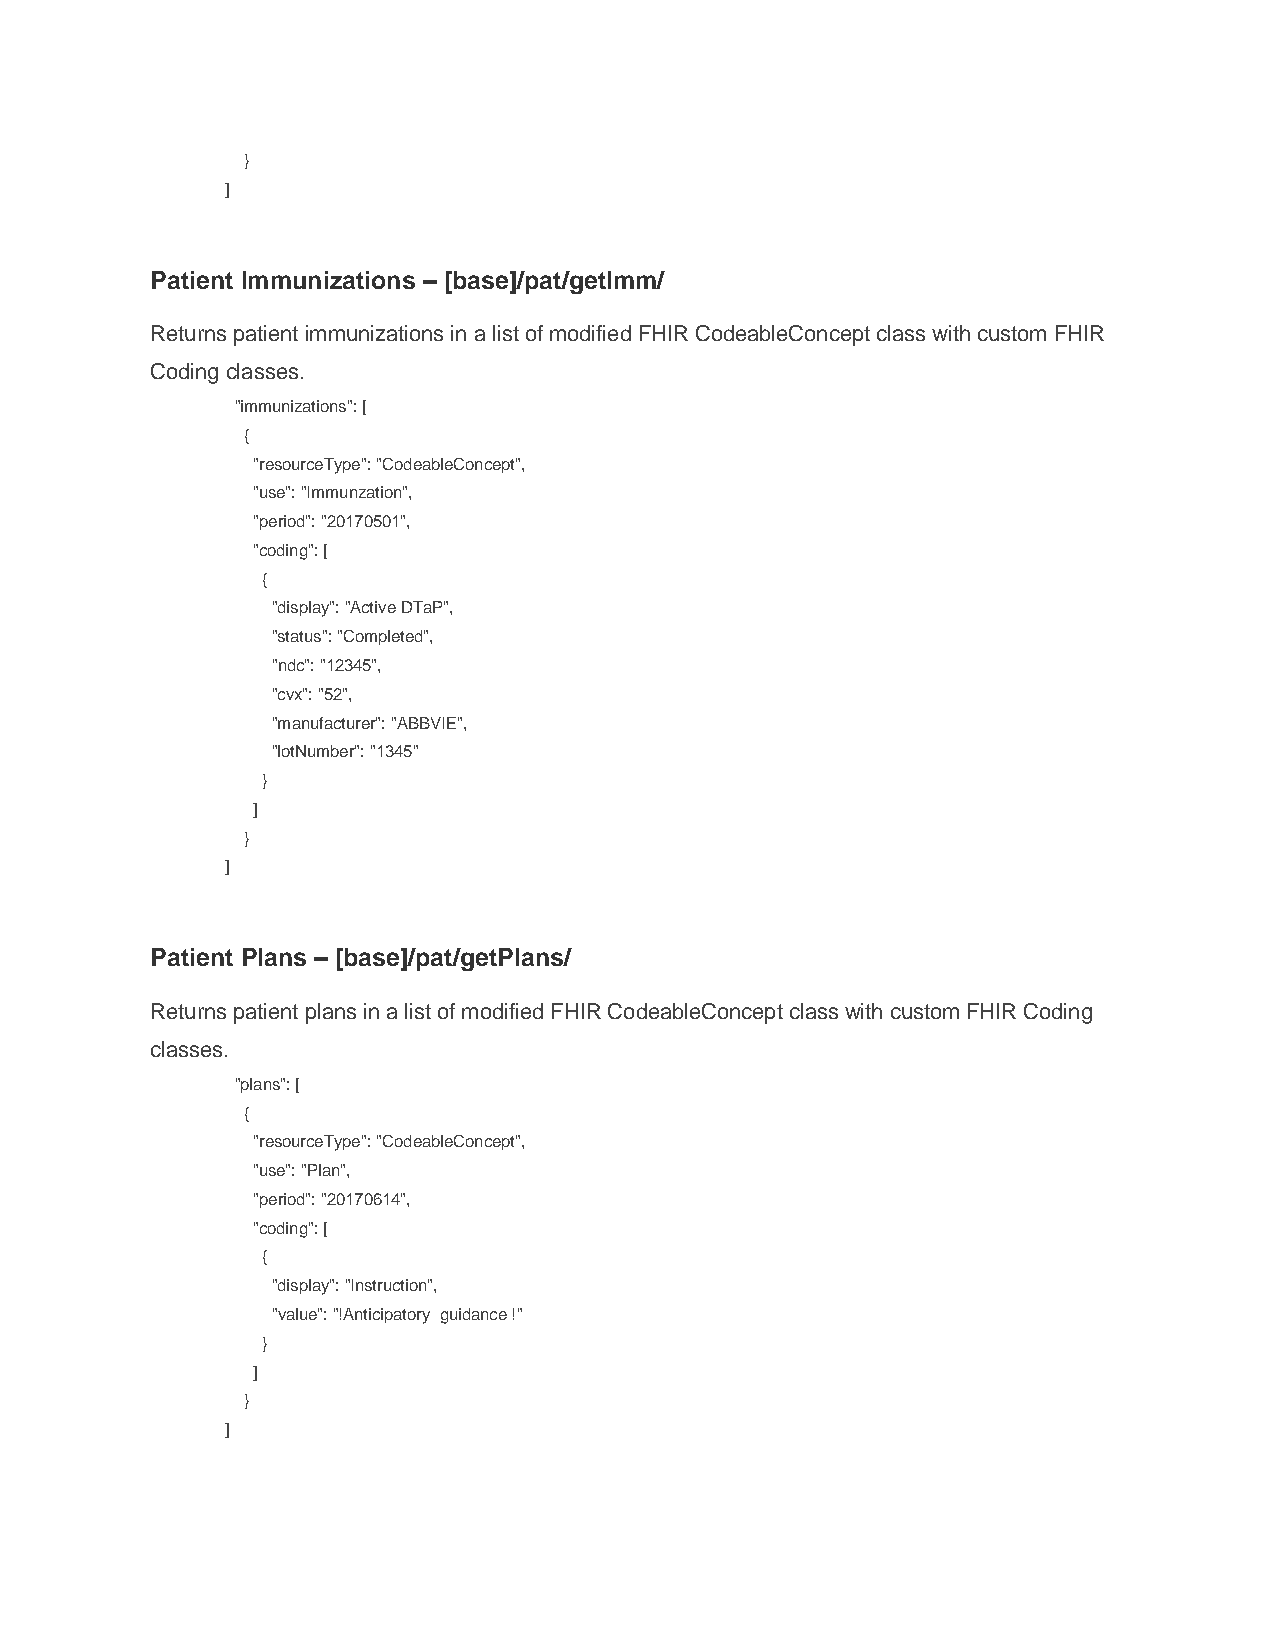
}
 ]
 Patient Immunizations – [base]/pat/getImm/
 Returns patient immunizations in a list of modified FHIR CodeableConcept class with custom FHIR
 Coding classes.
 "immunizations": [
 {
 "resourceType": "CodeableConcept",
 "use": "Immunzation",
 "period": "20170501",
 "coding": [
 {
 "display": "Active DTaP",
 "status": "Completed",
 "ndc": "12345",
 "cvx": "52",
 "manufacturer": "ABBVIE",
 "lotNumber": "1345"
 }
 ]
 }
 ]
 Patient Plans – [base]/pat/getPlans/
 Returns patient plans in a list of modified FHIR CodeableConcept class with custom FHIR Coding
 classes.
 "plans": [
 {
 "resourceType": "CodeableConcept",
 "use": "Plan",
 "period": "20170614",
 "coding": [
 {
 "display": "Instruction",
 "value": "!Anticipatory guidance !"
 }
 ]
 }
 ]